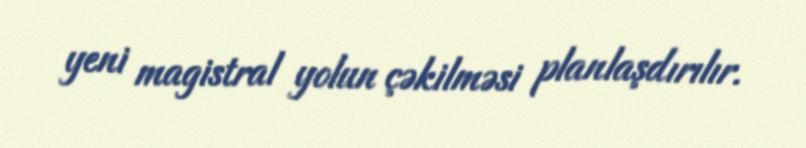
yeni magistral yolun çəkilməsi planlaşdırılır.